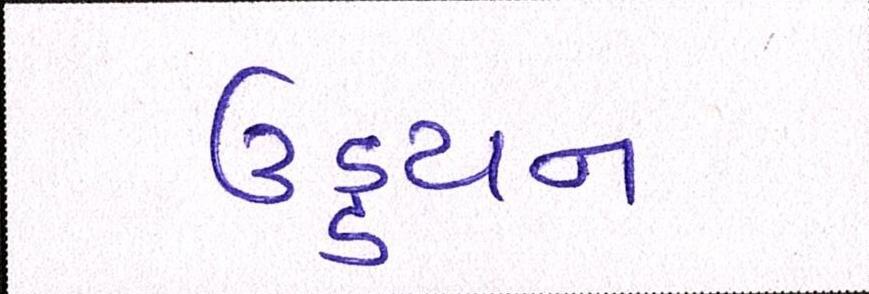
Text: ઉડ્ડયન